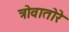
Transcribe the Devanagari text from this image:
त्रोवातोरे